Indian journal of veterinary science and animal husbandry - Volume 5,
Year: 1935
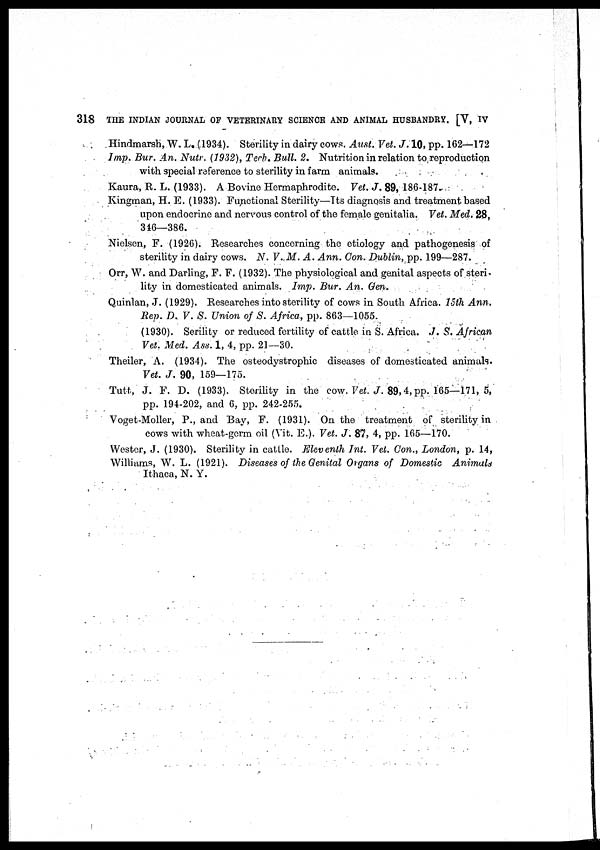
318 THE INDIAN JOURNAL OF VETERINARY SCIENCE AND ANIMAL HUSBANDRY. [V, IV
Hindmarsh, W. L. (1934). Sterility in dairy cows. Aust. Vet. J. 10, pp. 162—172
Imp. Bur. An. Nutr. (1932), Tech. Bull. 2. Nutrition in relation to reproduction
with special reference to sterility in farm animals.
Kaura, R. L. (1933). A Bovine Hermaphrodite. Vet. J. 89, 186-187.
Kingman, H. E. (1933). Functional Sterility—Its diagnosis and treatment based
upon endocrine and nervous control of the female genitalia. Vet. Med. 28,
346—386.
Nielsen, F. (1926). Researches concerning the etiology and pathogenesis of
sterility in dairy cows. N. V. M. A. Ann. Con. Dublin, pp. 199—287.
Orr, W. and Darling, F. F. (1932). The physiological and genital aspects of steri
lity in domesticated animals. Imp. Bur. An. Gen.
Quinlan, J. (1929). Researches into sterility of cows in South Africa. 15th Ann.
Rev. D. V. S. Union of S. Africa, pp. 863—1055.
(1930). Serility or reduced fertility of cattle in S. Africa. J. S. African
Vet. Med. Ass. 1, 4, pp. 21—30.
Theiler, A. (1934). The osteodystrophic diseases of domesticated animals.
Vet. J. 90, 159—175.
Tutt, J. F. D. (1933). Sterility in the cow. Vet. J. 89,4, pp. 165—171, 5,
pp. 194-202, and 6, pp. 242-255.
Voget-Moller, P., and Bay, F. (1931). On the treatment of sterility in
cows with wheat-germ oil (Vit. E.). Vet. J. 87, 4, pp. 165—170.
Wester, J. (1930). Sterility in cattle. Eleventh Int. Vet. Con., London, p. 14,
Williams, W. L. (1921). Diseases of the Genital Organs of Domestic
Animals
Ithaca, N. Y.